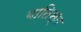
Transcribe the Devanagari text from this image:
बातिस्त